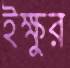
ইক্ষুর